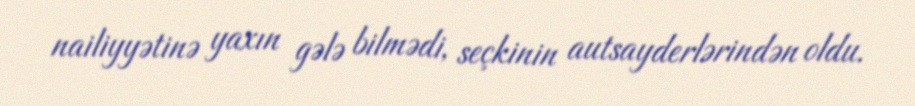
nailiyyətinə yaxın gələ bilmədi, seçkinin autsayderlərindən oldu.